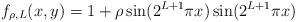
LaTeX: \begin{align*}f_{\rho,L}(x,y) = 1 + \rho \sin(2^{L+1} \pi x) \sin(2^{L+1} \pi x)\end{align*}